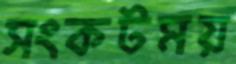
সংকটময়